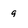
Character: 9